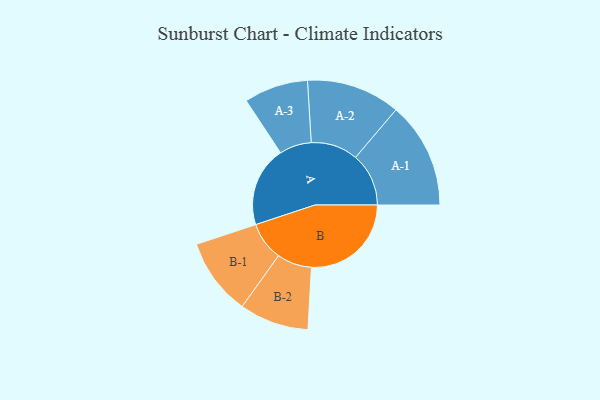
{"axis": {"x": "Segment", "y": "Value"}, "legend": ["", "A", "B"], "data": [{"x": "A", "y": 335, "type": ""}, {"x": "B", "y": 417, "type": ""}, {"x": "A-1", "y": 222, "type": "A"}, {"x": "A-2", "y": 196, "type": "A"}, {"x": "A-3", "y": 134, "type": "A"}, {"x": "B-1", "y": 161, "type": "B"}, {"x": "B-2", "y": 145, "type": "B"}]}